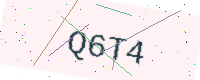
Text: Q6T4